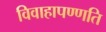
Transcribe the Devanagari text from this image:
विवाहापण्णति